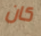
كان